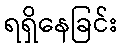
ရရှိနေခြင်း